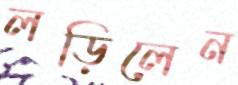
লড়িলেন